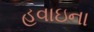
હવાઇના